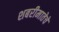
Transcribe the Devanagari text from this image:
शबरीमातेचे